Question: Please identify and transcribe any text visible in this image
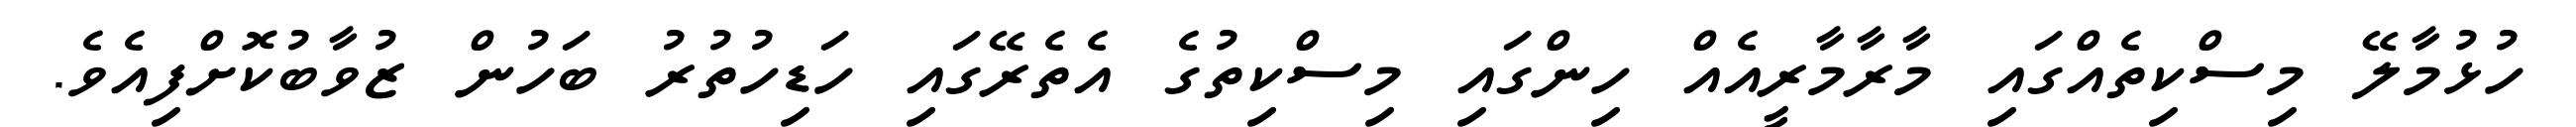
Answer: ހުޅުމާލޭ މިސްކިތެއްގައި މާރާމާރީއެއް ހިންގައި މިސްކިތުގެ އެތެރޭގައި ހަޑިހުތުރު ބަހުން ޒުވާބުކޮށްފިއެވެ.